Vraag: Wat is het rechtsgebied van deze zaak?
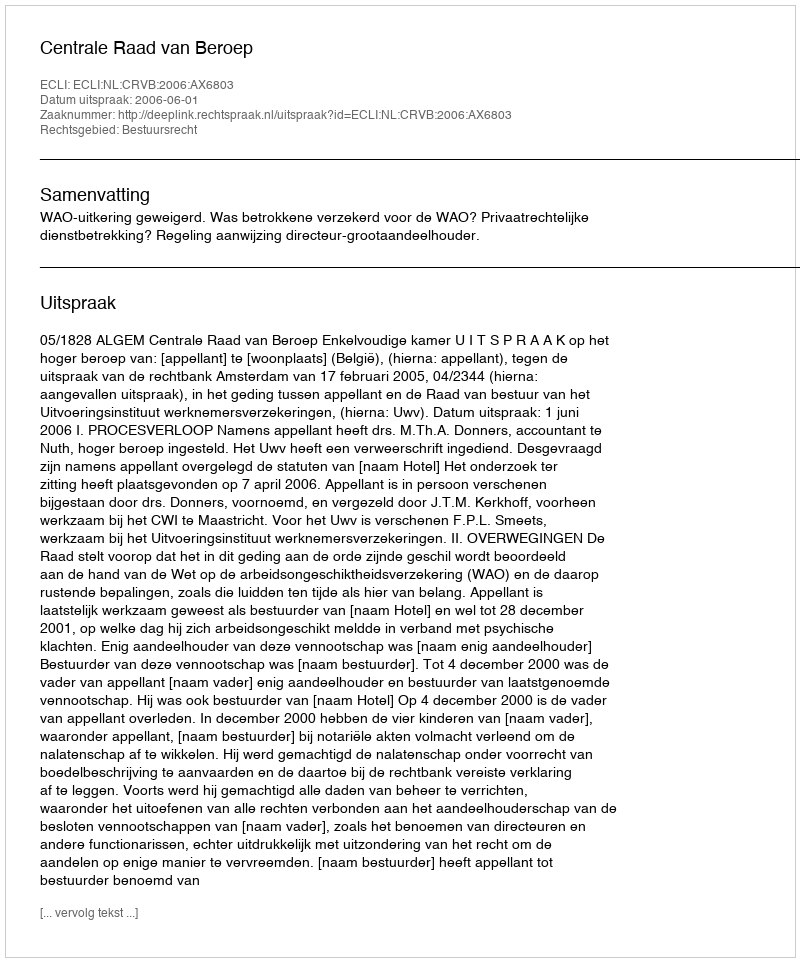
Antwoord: Bestuursrecht